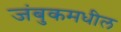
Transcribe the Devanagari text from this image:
जंबुकमधील